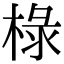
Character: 椂